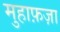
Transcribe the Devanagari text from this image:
मुहाफ़ज़ा